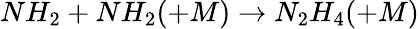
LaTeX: NH_{2}+NH_{2}(+M)\rightarrow N_{2}H_{4}(+M)